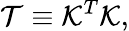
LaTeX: {\displaystyle{\cal T}\equiv{\cal K}^{T}{\cal K}},